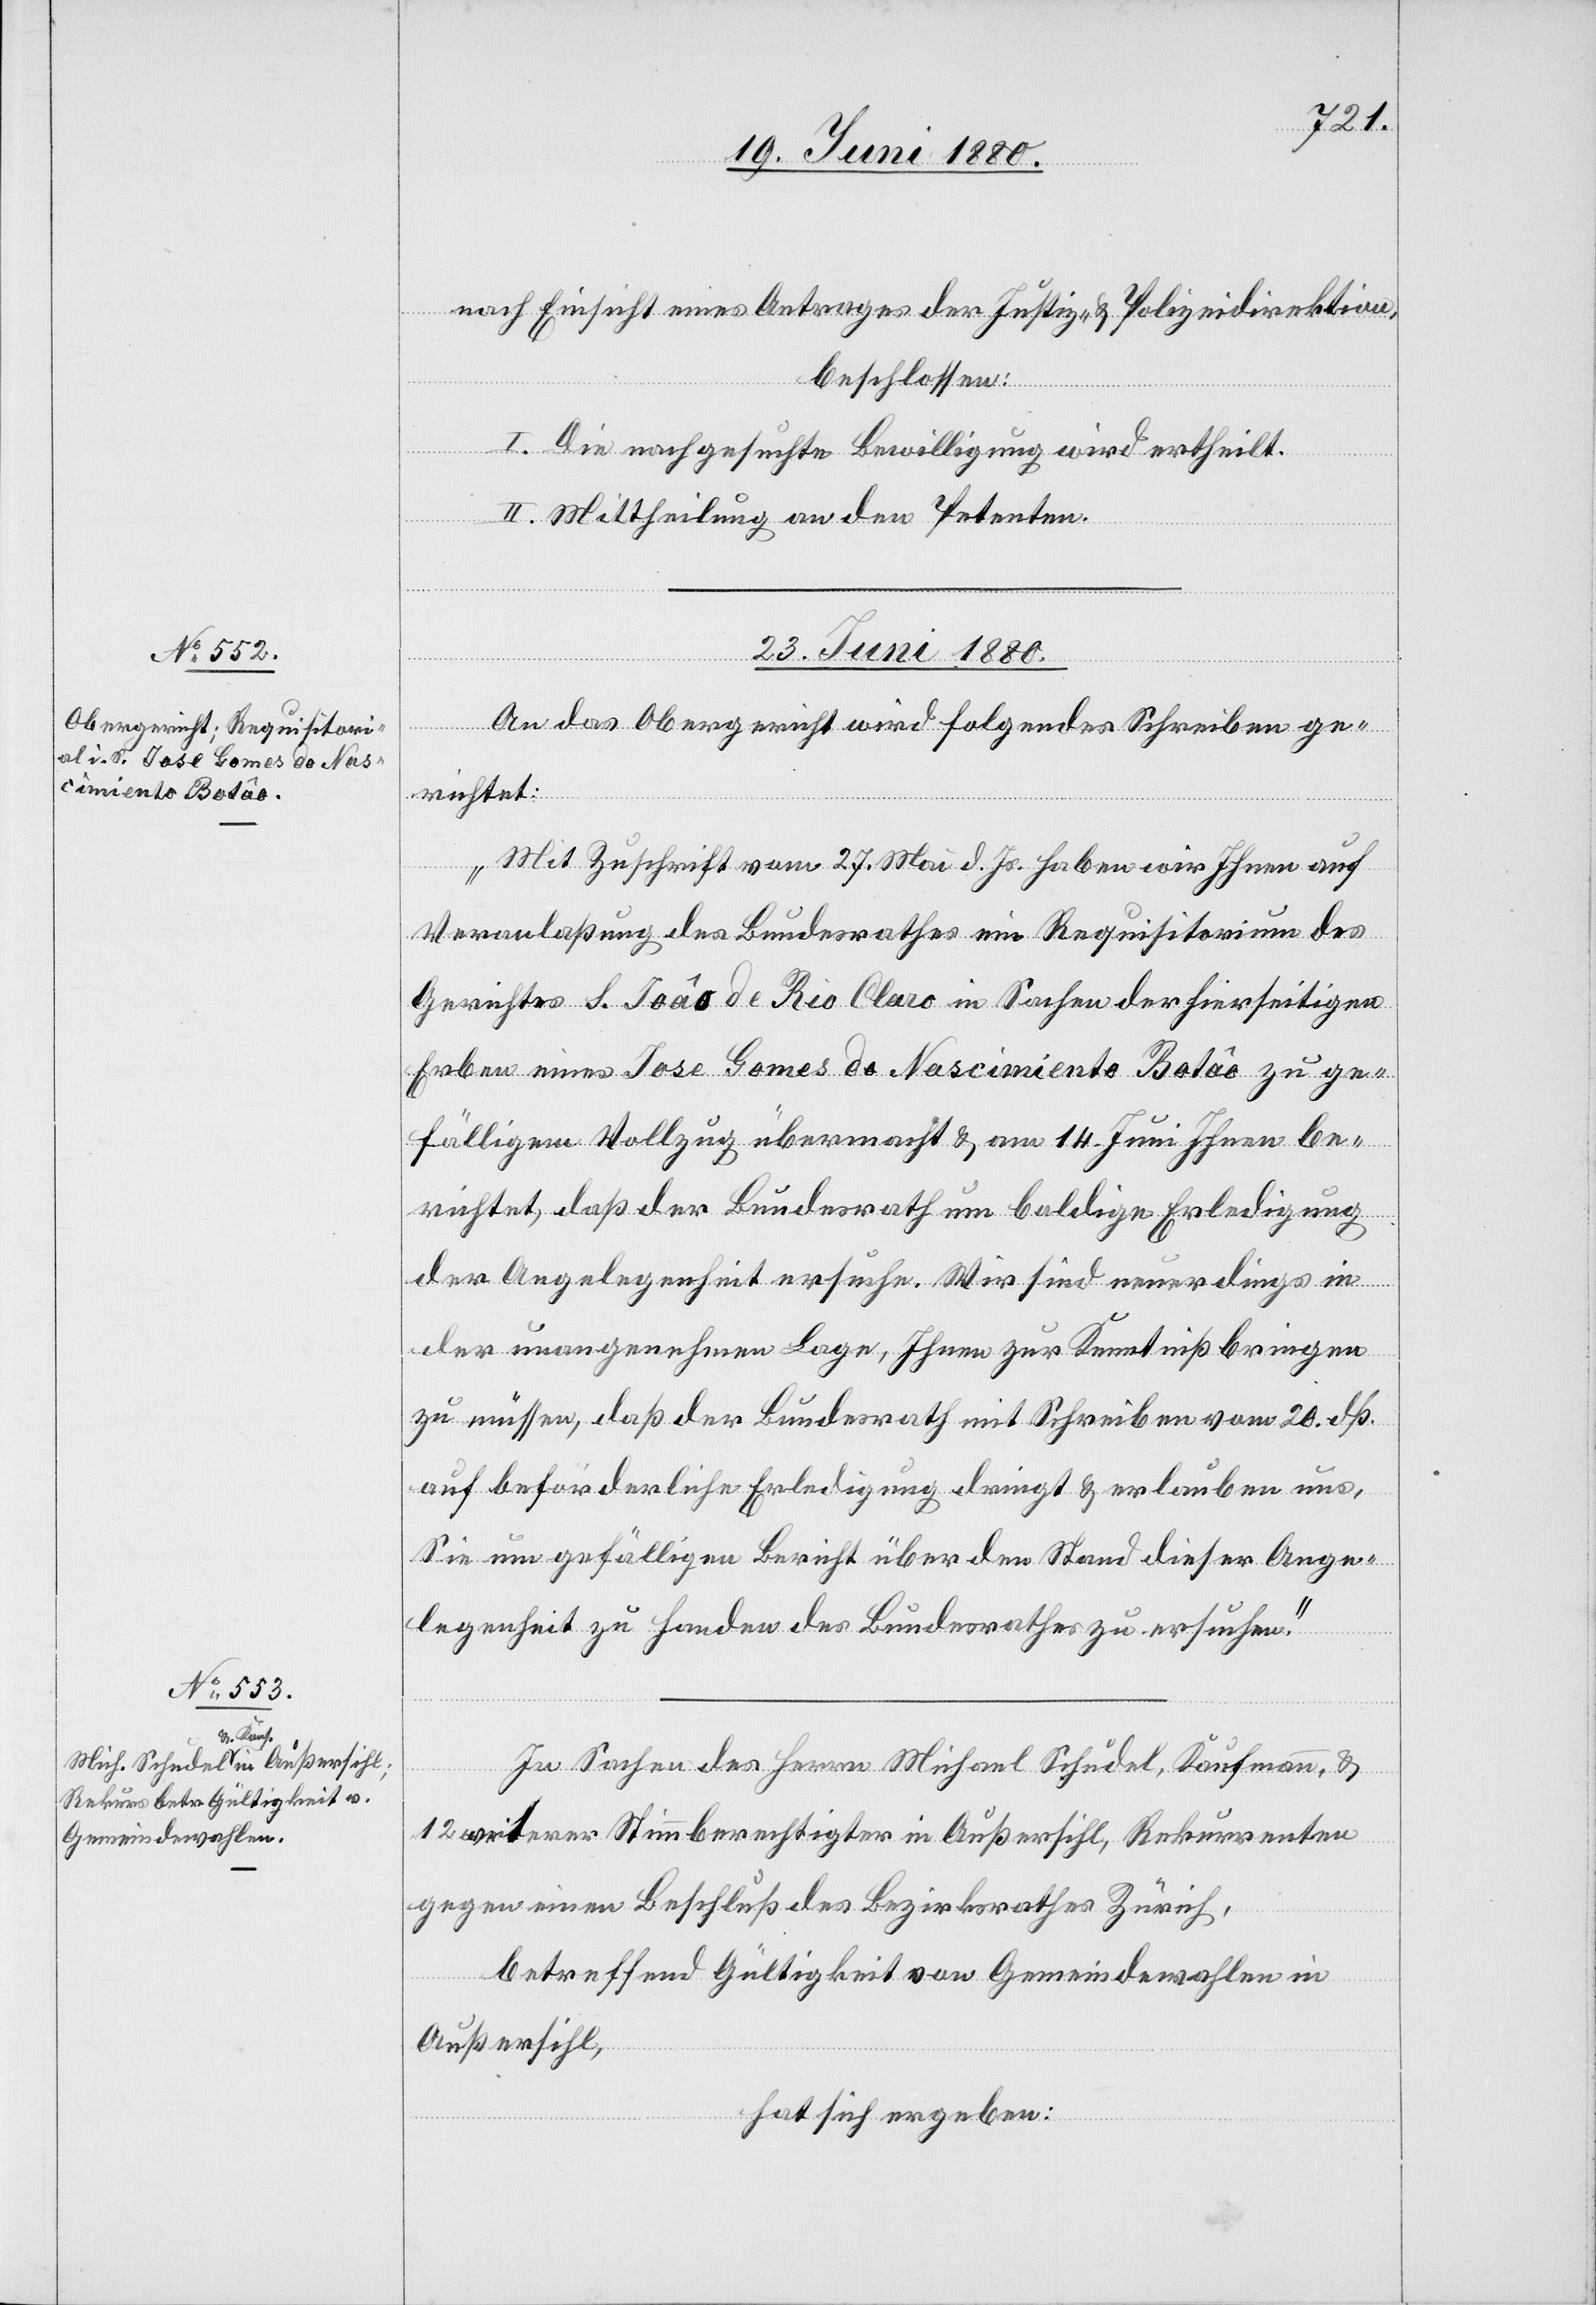
nach Einsicht eines Antrages der Justiz- & Polizeidirektion,
beschlossen:
I. Die nachgesuchte Bewilligung wird ertheilt.
II. Mittheilung an den Petenten.
23. Juni 1880.]
An das Obergericht wird folgendes Schreiben ge¬
richtet:
„Mit Zuschrift vom 27. Mai d. Js. haben wir Ihnen auf
Veranlaßung des Bundesrathes ein Requisitorial des
Gerichtes S. Joâo de Rio Claro in Sachen der hierseitigen
Erben eines Jose Gomes de Nascimiento Batâo zu ge¬
fälligem Vollzug übermacht & am 14. Juni Ihnen be¬
richtet, daß der Bundesrath um baldige Erledigung
der Angelegenheit ersuche. Wir sind neuerdings in
der unangenehmen Lage, Ihnen zur Kenntniß bringen
zu müssen, daß der Bundesrath mit Schreiben vom 20. dß.
auf beförderliche Erledigung dringt & erlauben uns,
Sie um gefälligen Bericht über den Stand dieser Ange¬
legenheit zu Handen des Bundesrathes zu ersuchen.“
In Sachen des Herrn Michael Schudel, Kaufmann &
12 weitern Stimmberechtigten in Außersihl, Rekurrenten
gegen einen Beschluß des Bezirksrathes Zürich,
betreffend Gültigkeit von Gemeindewahlen in
Außersihl,
hat sich ergeben: